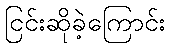
ငြင်းဆိုခဲ့ကြောင်း